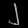
Digit: ၂